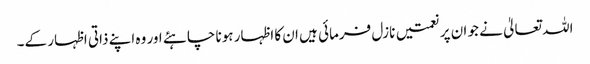
اللہ تعالیٰ نے جو ان پر نعمتیں نازل فرمائی ہیں ان کا اظہار ہونا چاہئے اور وہ اپنے ذاتی اظہار کے۔